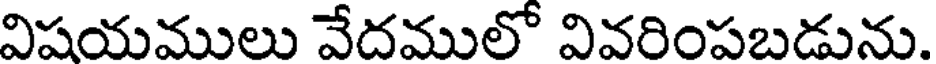
విషయములు వేదములో వివరింపబడును.